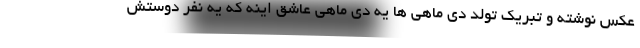
عکس نوشته و تبریک تولد دی ماهی ها یه دی ماهی عاشق اینه که یه نفر دوستش